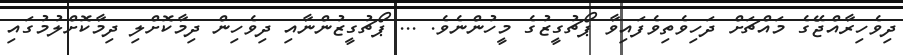
ދިވެހިރާއްޖޭގެ މައްޗަށް ދަހިވެތިވެފައިވާ ޕޯޗުގީޒުގެ މީހުންނެވެ. ... ޕޯޗުގީޒުންނާއި ދިވެހިން ދިމާކޮށްލި ދިމާކޮށްލުމުގައި